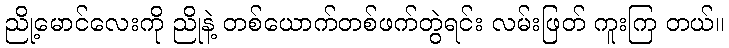
ညို့မောင်လေးကို ညိုနဲ့ တစ်ယောက်တစ်ဖက်တွဲရင်း လမ်းဖြတ် ကူးကြ တယ်။